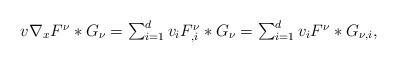
LaTeX: \begin{align*}\begin{array}{ll}v\nabla_xF^{\nu}\ast G_{\nu}=\sum_{i=1}^dv_iF^{\nu}_{,i}\ast G_{\nu}=\sum_{i=1}^dv_iF^{\nu}\ast G_{\nu,i},\end{array}\end{align*}